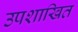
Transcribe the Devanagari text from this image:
उपशाखित